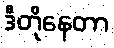
ဒီတိုနေတာ